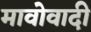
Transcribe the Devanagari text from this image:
मावोवादी